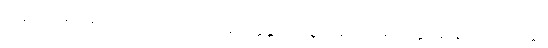
ဗဘူဝ သမ္ပကမ္ပထ ဥဘတောဝိဘင်္ဂေါ ဝေါက္ကန္တာ ဒုဗ္ဗဏ္ဏကရဏံ အရညတ္ထာယ နာထပ္ပဘဝတ္တာ